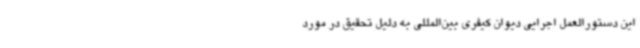
این دستورالعمل اجرایی دیوان کیفری بین‌المللی به دلیل تحقیق در مورد